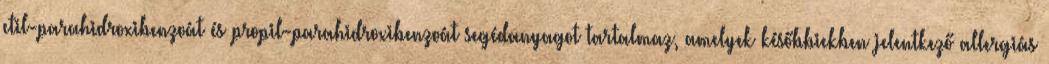
etil-parahidroxibenzoát és propil-parahidroxibenzoát segédanyagot tartalmaz, amelyek későbbiekben jelentkező allergiás